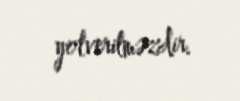
yolverilməzdir.